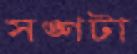
সঙ্গটা